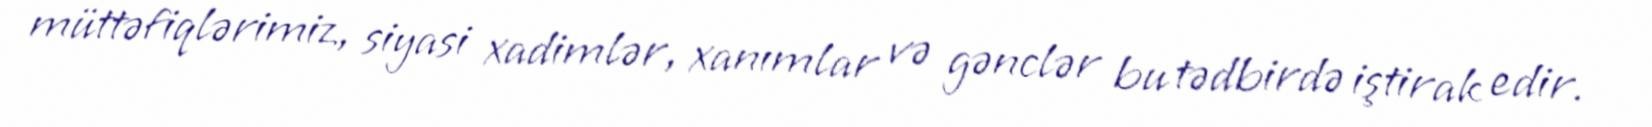
müttəfiqlərimiz, siyasi xadimlər, xanımlar və gənclər bu tədbirdə iştirak edir.